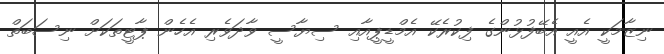
ނިޒާމަކީ އެއީ އެބޭފުޅުންގެ ފިކުރެކޭ އެމްޑީޕީއާއި ސިޔާސީ ވާދަވެރި އެހެން ޕާޓީތަކަށް ނިސަބަތް